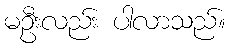
မဦးလည်း ပါလာသည်။